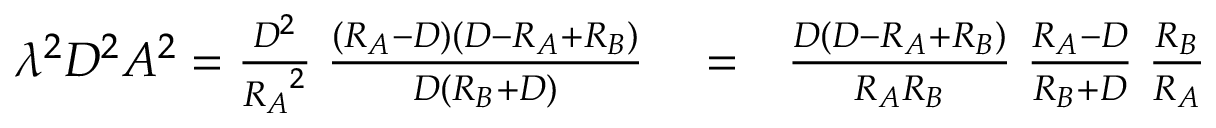
\begin{array} { r l r } { \lambda ^ { 2 } D ^ { 2 } A ^ { 2 } = { \frac { D ^ { 2 } } { { R _ { A } } ^ { 2 } } } \; { \frac { ( R _ { A } - D ) ( D - R _ { A } + R _ { B } ) } { D ( R _ { B } + D ) } } } & { { } = } & { { \frac { D ( D - R _ { A } + R _ { B } ) } { R _ { A } R _ { B } } } \; { \frac { R _ { A } - D } { R _ { B } + D } } \; { \frac { R _ { B } } { R _ { A } } } } \end{array}